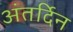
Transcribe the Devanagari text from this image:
अंतर्दिन